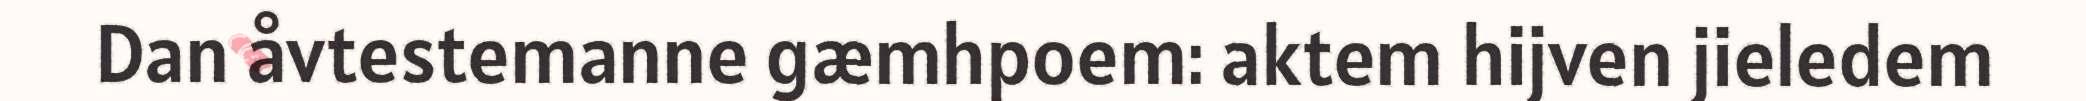
Dan åvtestemanne gæmhpoem: aktem hijven jieledem